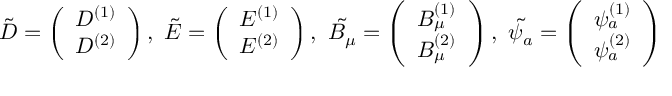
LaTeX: \tilde { D } = \left( \begin{array} { c } { { D ^ { ( 1 ) } } } \\ { { D ^ { ( 2 ) } } } \end{array} \right) , ~ \tilde { E } = \left( \begin{array} { c } { { E ^ { ( 1 ) } } } \\ { { E ^ { ( 2 ) } } } \end{array} \right) , ~ \tilde { B _ { \mu } } = \left( \begin{array} { c } { { B _ { \mu } ^ { ( 1 ) } } } \\ { { B _ { \mu } ^ { ( 2 ) } } } \end{array} \right) , ~ \tilde { \psi _ { a } } = \left( \begin{array} { c } { { \psi _ { a } ^ { ( 1 ) } } } \\ { { \psi _ { a } ^ { ( 2 ) } } } \end{array} \right)